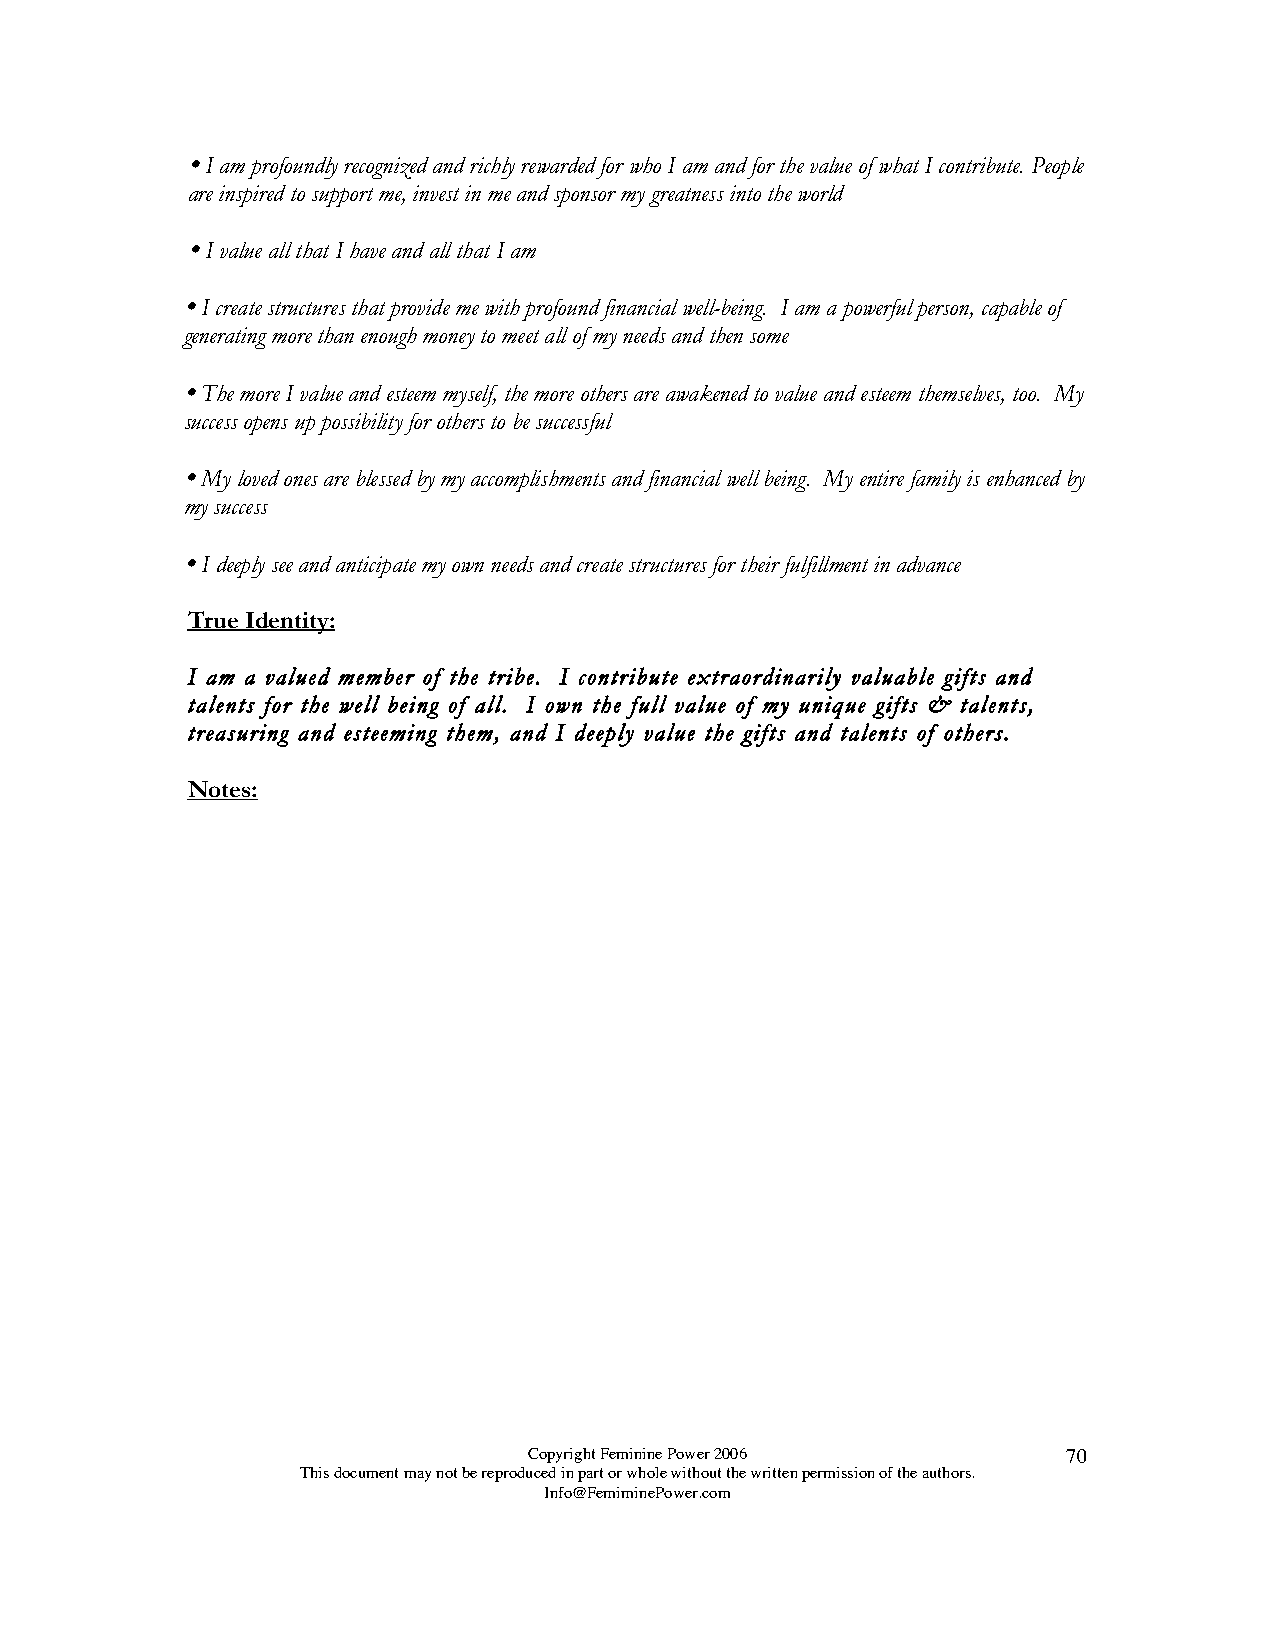

 I am profoundly recognized and richly rewarded for who I am and for the value of what I contribute. People
 are inspired to support me, invest in me and sponsor my greatness into the world
 
 I value all that I have and all that I am
 
 I create structures that provide me with profound financial well-being. I am a powerful person, capable of
 generating more than enough money to meet all of my needs and then some
 
 The more I value and esteem myself, the more others are awakened to value and esteem themselves, too. My
 success opens up possibility for others to be successful
 
 My loved ones are blessed by my accomplishments and financial well being. My entire family is enhanced by
 my success
 
 I deeply see and anticipate my own needs and create structures for their fulfillment in advance
 True Identity:
 I am a valued member of the tribe. I contribute extraordinarily valuable gifts and
 talents for the well being of all. I own the full value of my unique gifts & talents,
 treasuring and esteeming them, and I deeply value the gifts and talents of others.
 Notes:
 Copyright Feminine Power 2006       70
 This document may not be reproduced in part or whole without the written permission of the authors.
 Info@FemiminePower.com